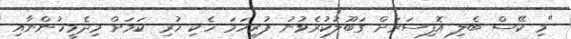
"މި ކޭސް ބެލި އޮފިސަރަށް ގަބޫލުކުރެވުނު ފުރިހަމަ ހެކި ހުރި ކަމަށް މިދެމީހުންނާއި